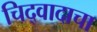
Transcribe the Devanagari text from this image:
चिद्‌वादाचा